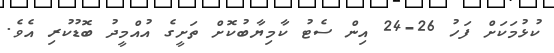
ކުޅުމަކަށް ފަހު 26-24 އިން ސެޓު ކާމިޔާބުކޮށް ތަށީގެ އުއްމީދު ބޮޑުކުރި އެވެ.